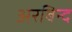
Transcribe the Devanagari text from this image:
अरबिन्द